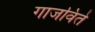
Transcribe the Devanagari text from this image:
गाजविते